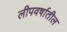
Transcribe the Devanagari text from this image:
लीपवर्षातील